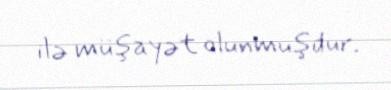
ilə müşayət olunmuşdur.